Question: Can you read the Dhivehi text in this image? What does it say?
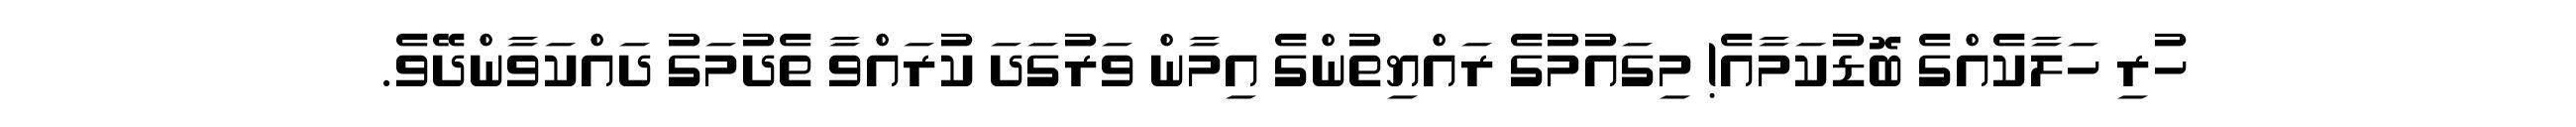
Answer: ހުރި ހަލާކެއްގެ ބޮޑުކަމާއެ! މިގައުމުގެ ރައްޔިތުންގެ އިމާން ވަރުގަދަ ކުރައްވާ ތެދުމަގު ދައްކަވާންދޭވެ.